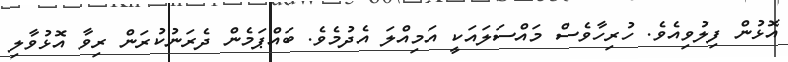
އޮޅުން ފިލުވިއެވެ. ހުރިހާވެސް މައްސަލައަކީ އަމިއްލަ އެދުމެވެ. ބައްޕަމެން ދެރަނުކުރަން ރިވާ އޮޅުވާލި